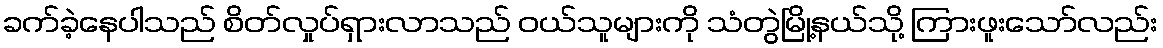
ခက်ခဲ့နေပါသည် စိတ်လှုပ်ရှားလာသည် ဝယ်သူများကို သံတွဲမြို့နယ်သို့ ကြားဖူးသော်လည်း